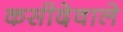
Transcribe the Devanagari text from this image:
कसीदेवाले